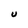
Character: U